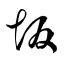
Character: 坂